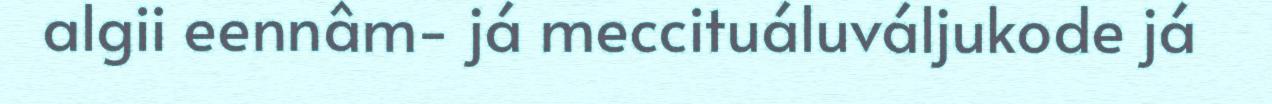
algii eennâm- já meccituáluváljukode já